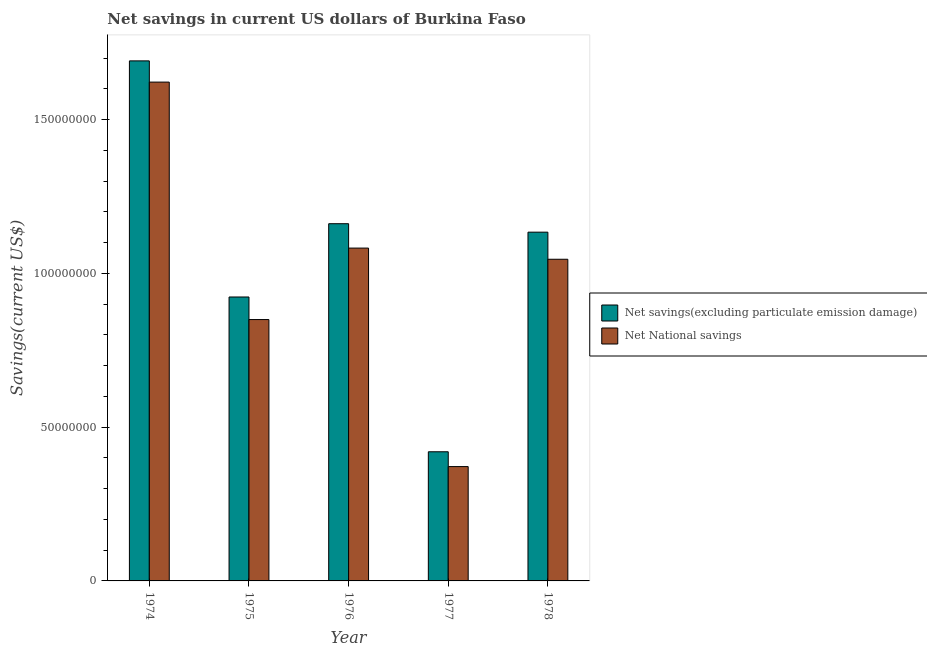
| Year | Net savings(excluding particulate emission damage) | Net National savings |
 | --- | --- | --- |
 | 1974 | 1.69e+08 | 1.62e+08 |
 | 1975 | 9.23e+07 | 8.5e+07 |
 | 1976 | 1.16e+08 | 1.08e+08 |
 | 1977 | 4.2e+07 | 3.72e+07 |
 | 1978 | 1.13e+08 | 1.05e+08 |